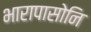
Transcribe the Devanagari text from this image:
भारापासोनि